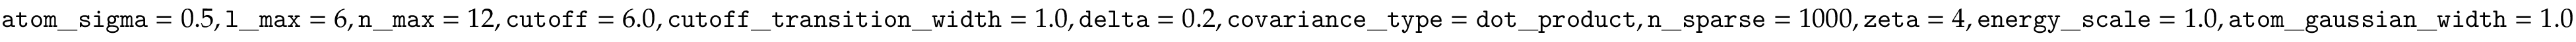
\mathtt { a t o m \_ s i g m a } = 0 . 5 , \mathtt { l \_ m a x } = 6 , \mathtt { n \_ m a x } = 1 2 , \mathtt { c u t o f f } = 6 . 0 , \mathtt { c u t o f f \_ t r a n s i t i o n \_ w i d t h } = 1 . 0 , \mathtt { d e l t a } = 0 . 2 , \mathtt { c o v a r i a n c e \_ t y p e } = \mathtt { d o t \_ p r o d u c t } , \mathtt { n \_ s p a r s e } = 1 0 0 0 , \mathtt { z e t a } = 4 , \mathtt { e n e r g y \_ s c a l e } = 1 . 0 , \mathtt { a t o m \_ g a u s s i a n \_ w i d t h } = 1 . 0